Scottish Leaving Certificate Examination, 1953
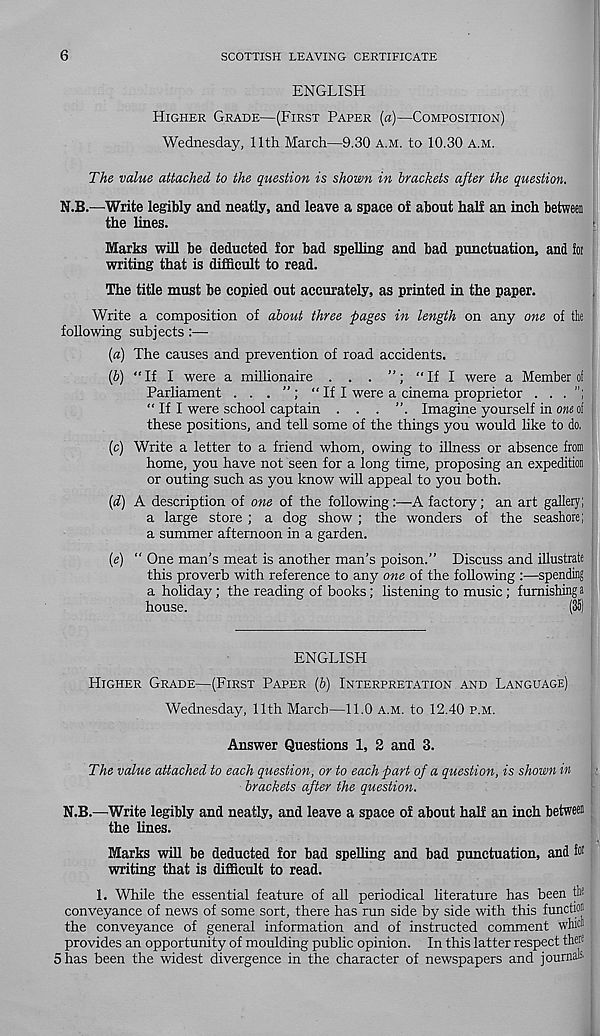
6
SCOTTISH LEAVING CERTIFICATE
ENGLISH
HIGHER GRADE—(FIRST PAPER (a)—COMPOSITION)
Wednesday, 11th March—9.30 A.M. to 10.30 A.M.
The value attached to the question is shown in brackets after the question.
N.B.—Write legibly and neatly, and leave a space of about half an inch between
the lines.
Marks will be deducted for bad spelling and bad punctuation, and lot
writing that is difficult to read.
The title must be copied out accurately, as printed in the paper.
Write a composition of about three pages in length on any one of the
following subjects :—
(а) The causes and prevention of road accidents.
(б) “If I were a milhonaire . . .
“If I were a Member of
Parliament . . .
“ If I were a cinema proprietor . . .
“ If I were school captain . . .
Imagine yourself in ow of
these positions, and tell some of the things you would like to do,
(c) Write a letter to a friend whom, owing to illness or absence from
home, you have not seen for a long time, proposing an expedition
or outing such as you know will appeal to you both.
(d) A description of one of the following:—-A factory; an art gallery;
a large store ; a dog show ; the wonders of the seashore;
a summer afternoon in a garden.
(e) “ One man’s meat is another man’s poison.” Discuss and illustrate
this proverb with reference to any one of the following :—spending
a holiday; the reading of books; listening to music; furnishing a
house.
(35)
ENGLISH
HIGHER GRADE—(FIRST PAPER (6) INTERPRETATION AND LANGUAGE)
Wednesday, 11th March—11.0 A.M. to 12.40 P.M.
Answer Questions 1, 2 and 3.
The value attached to each question, or to each part of a question, is shown in
brackets after the question.
N.B.—Write legibly and neatly, and leave a space of about half an inch between
the lines.
Marks will be deducted for bad spelling and bad punctuation, and p
writing that is difficult to read.
1. While the essential feature of all periodical literature has been tht
conveyance of news of some sort, there has run side by side with this function
the conveyance of general information and of instructed comment whies
provides an opportunity of moulding public opinion. In this latter respect theff
5 has been the widest divergence in the character of newspapers and journals